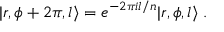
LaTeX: | r , \phi + 2 \pi , l \rangle = e ^ { - 2 \pi i l / n } | r , \phi , l \rangle \; .